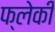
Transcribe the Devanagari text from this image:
फ्लेकी